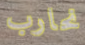
نحارب